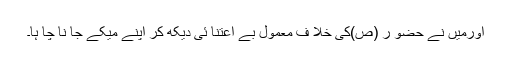
اورمیں نے حضو ر (ص)کی خلا ف معمول بے اعتنا ئی دیکھ کر اپنے میکے جا نا چا ہا۔